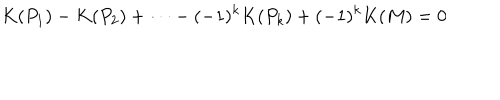
K ( P _ { 1 } ) - K ( P _ { 2 } ) + \dots - ( - 1 ) ^ { k } K ( P _ { k } ) + ( - 1 ) ^ { k } K ( M ) = 0